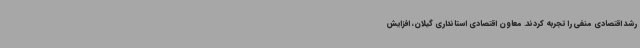
رشد اقتصادی منفی را تجربه کردند. معاون اقتصادی استانداری گیلان، افزایش